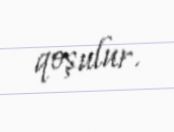
qoşulur.